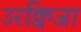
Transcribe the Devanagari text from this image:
उरक्विजा